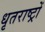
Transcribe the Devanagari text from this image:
धृतराष्ट्रों